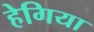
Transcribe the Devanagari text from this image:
हेगिया